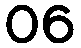
06